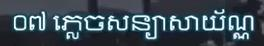
០៧ ភ្លេចសន្យាសាយ័ណ្ណ